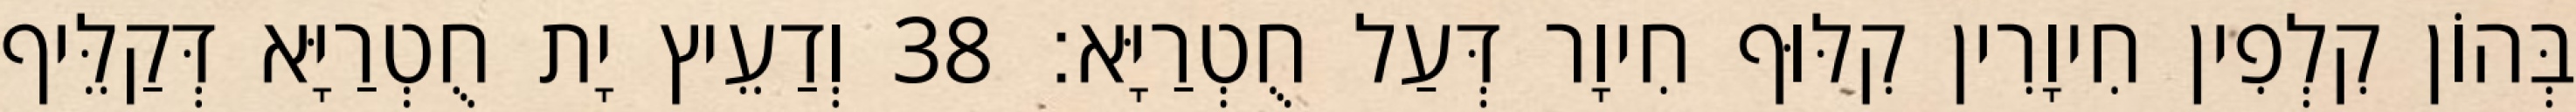
בְּהוֹן קִלְפִין חִיוָרִין קִלּוּף חִיוָר דְּעַל חֻטְרַיָּא׃ 38 וְדַעֵיץ יָת חֻטְרַיָּא דְּקַלֵּיף